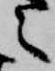
之